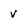
Character: V